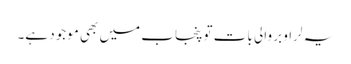
یہ لراو بر والی بات تو پنجاب میں بھی موجود ہے۔